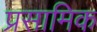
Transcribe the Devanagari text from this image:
प्रसामिक